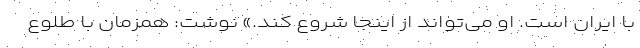
با ایران است. او می‌تواند از اینجا شروع کند.» نوشت: همزمان با طلوع